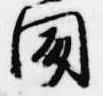
聞